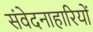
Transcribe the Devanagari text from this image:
संवेदनाहारियों